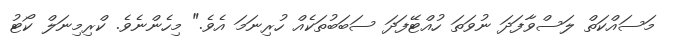
މަސައްކަތް ލަސްވާފަދަ ނުވަތަ ހުއްޓޭފަދަ ސަބަބުތަކެއް ހުރިނަމަ އެވެ." މިހެންނެވެ. ކްރިމިނަލް ކޯޓު